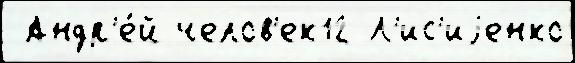
 Андр'е́й челов'ек12 Л'ис'иjенко